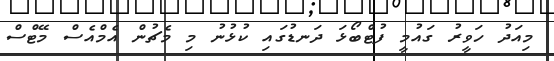
މިއަދު ހަވީރު ގައުމީ ފުޓްބޯޅަ ދަނޑުގައި ކުޅުނު މި މެޗުން އެމްއެސް މޭޓްސް